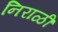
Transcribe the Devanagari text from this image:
निराळीं